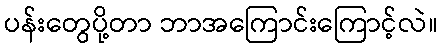
ပန်းတွေပို့တာ ဘာအကြောင်းကြောင့်လဲ။